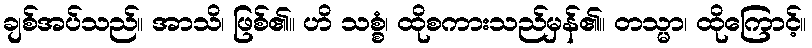
ချစ်အပ်သည်။ အာသိ၊ ဖြစ်၏။ ဟိ သစ္စံ၊ ထိုစကားသည်မှန်၏။ တသ္မာ၊ ထိုကြောင့်။